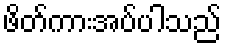
ဖိတ်ကားအပ်ပါသည်